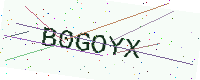
Text: B0GOYX